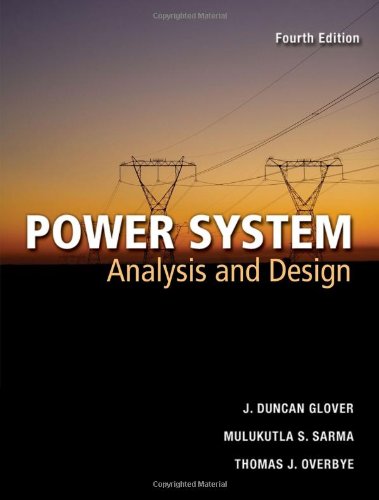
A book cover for Power Systems Analysis and Design; J. Duncan Glover; Engineering & Transportation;